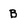
Character: B